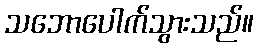
သဘောပေါက်သွားသည်။